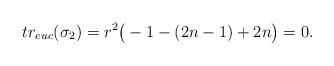
LaTeX: \begin{align*}tr_{euc} ( \sigma_2) = r^2 \big( -1 - (2n-1) + 2n\big) = 0.\end{align*}